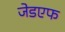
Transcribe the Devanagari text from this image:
जेडएफ